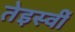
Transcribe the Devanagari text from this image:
तेइस्वीं